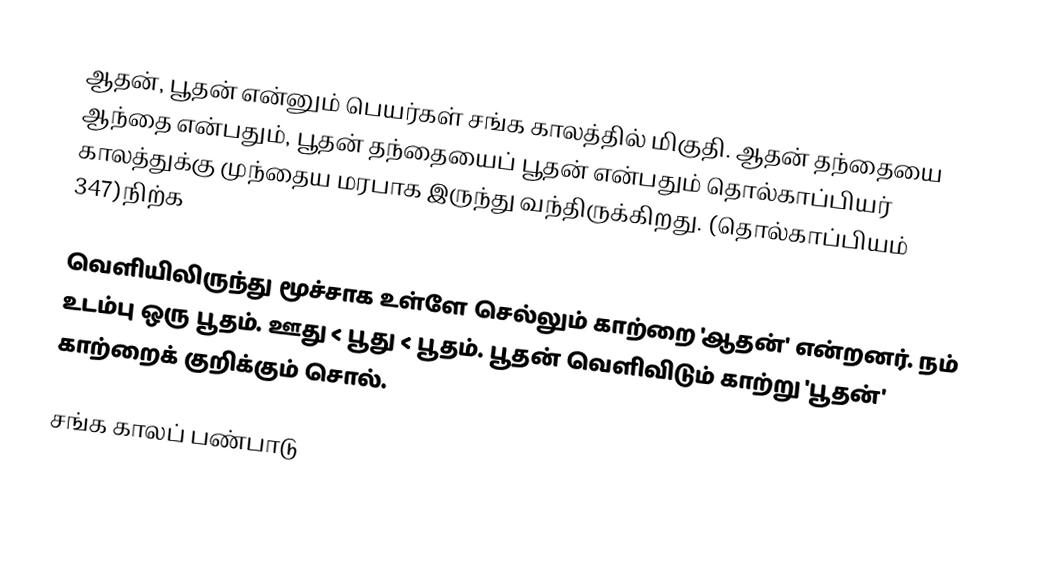
ஆதன், பூதன் என்னும் பெயர்கள் சங்க காலத்தில் மிகுதி. ஆதன் தந்தையை ஆந்தை என்பதும், பூதன் தந்தையைப் பூதன் என்பதும் தொல்காப்பியர் காலத்துக்கு முந்தைய மரபாக இருந்து வந்திருக்கிறது. (தொல்காப்பியம் 347)நிற்க

வெளியிலிருந்து மூச்சாக உள்ளே செல்லும் காற்றை 'ஆதன்' என்றனர். நம் உடம்பு ஒரு பூதம். ஊது < பூது < பூதம். பூதன் வெளிவிடும் காற்று 'பூதன்' காற்றைக் குறிக்கும் சொல்.

சங்க காலப் பண்பாடு